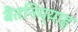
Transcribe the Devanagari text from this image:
बैतनिय्याह